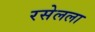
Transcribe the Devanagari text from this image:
रसेलला